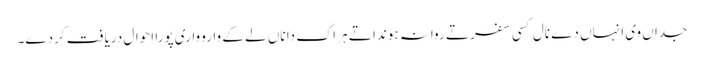
جداں وی انہاں دے نال کسی سفر تے روانہ ہوندا تے ہر اک دا ناں لے کے وارو واری پورا احوال دریافت کردے۔